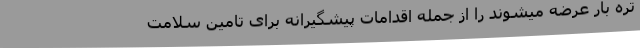
تره بار عرضه میشوند را از جمله اقدامات پیشگیرانه برای تامین سلامت